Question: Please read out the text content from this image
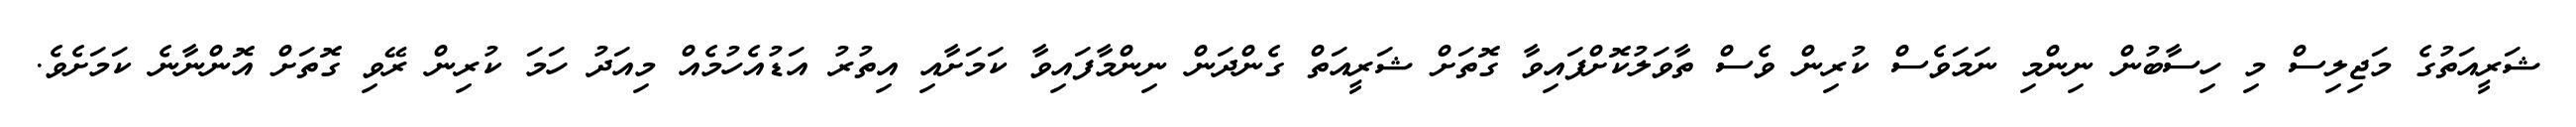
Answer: ޝަރީއަތުގެ މަޖިލިސް މި ހިސާބުން ނިންމި ނަމަވެސް ކުރިން ވެސް ތާވަލުކޮށްފައިވާ ގޮތަށް ޝަރީއަތް ގެންދަން ނިންމާފައިވާ ކަމަށާއި އިތުރު އަޑުއެހުމެއް މިއަދު ހަމަ ކުރިން ރޭވި ގޮތަށް އޮންނާނެ ކަމަށެވެ.